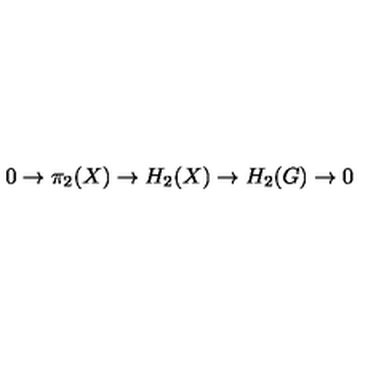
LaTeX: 0 \to \pi _ { 2 } ( X ) \to H _ { 2 } ( X ) \to H _ { 2 } ( G ) \to 0